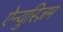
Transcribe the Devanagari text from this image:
ऐन्युरिज़म